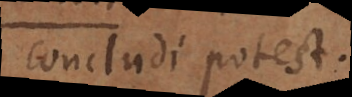
concludi potest.